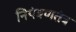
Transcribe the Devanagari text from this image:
नियंत्रणतंत्र